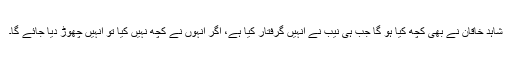
شاہد خاقان نے بھی کچھ کیا ہو گا جب ہی نیب نے انہیں گرفتار کیا ہے، اگر انہوں نے کچھ نہیں کیا تو انہیں چھوڑ دیا جائے گا۔